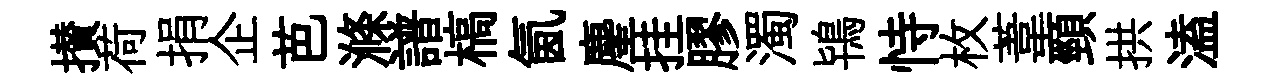
攅荷捐企芭滌譜槁氤麈挂膠濁鴇恃枚葦頸拱溘